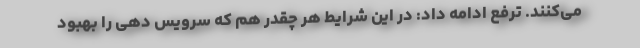
می‌کنند. ترفع ادامه داد: در این شرایط هر چقدر هم که سرویس دهی را بهبود